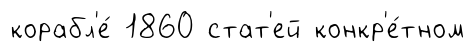
корабл'е́ 1860 стат'ей конкр'е́тном